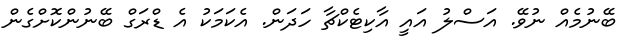
ބޭނުމެއް ނުވޭ. އަސްލު އައީ އާކިޓެކްޗާ ހަދަން. އެކަމަކު އެ ޑްރަގް ބޭނުންކޮށްގެން